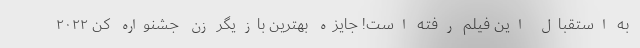
به استقبال این فیلم رفته است! جایزه بهترین بازیگر زن جشنواره کن ۲۰۲۲